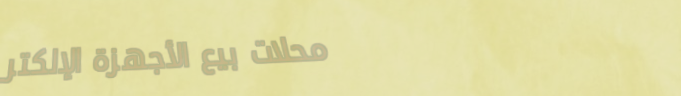
محلات بيع الأجهزة الإلكتر